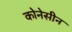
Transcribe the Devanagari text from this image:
कोनेसीन